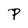
Character: P